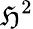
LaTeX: \mathfrak{H}^{2}